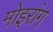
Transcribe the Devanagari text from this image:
मोइरांग